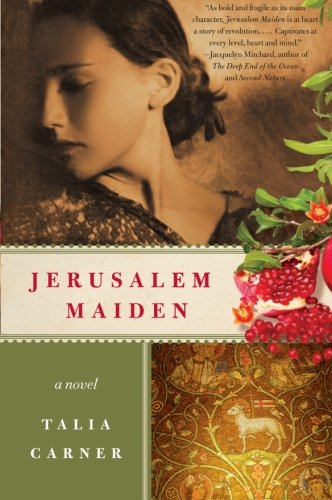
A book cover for Jerusalem Maiden: A Novel; Talia Carner; Literature & Fiction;